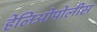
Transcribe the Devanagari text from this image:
हेलिओपोलीस